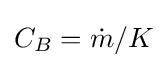
C_{B}={\dot {m}}/K